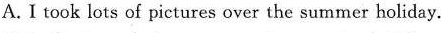
A.I took lots of pictures over the summer holiday.